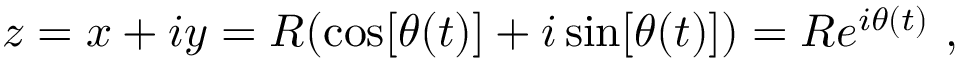
z = x + i y = R ( \cos [ \theta ( t ) ] + i \sin [ \theta ( t ) ] ) = R e ^ { i \theta ( t ) } \ ,